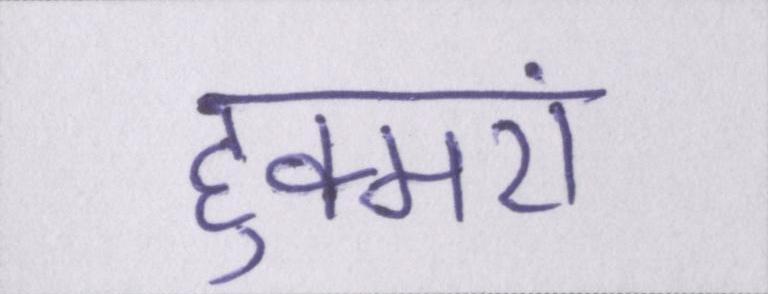
हुक्मरां